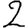
Digit: 2